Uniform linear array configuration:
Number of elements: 8
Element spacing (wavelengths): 0.25
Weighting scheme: cosine
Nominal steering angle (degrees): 0
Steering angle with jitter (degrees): -1.919
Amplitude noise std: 0.05
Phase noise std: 0.05

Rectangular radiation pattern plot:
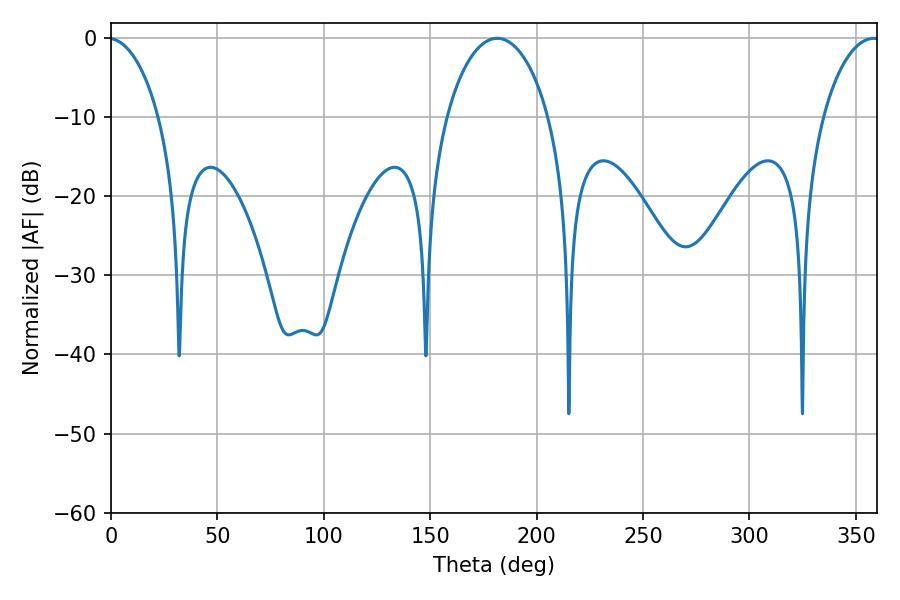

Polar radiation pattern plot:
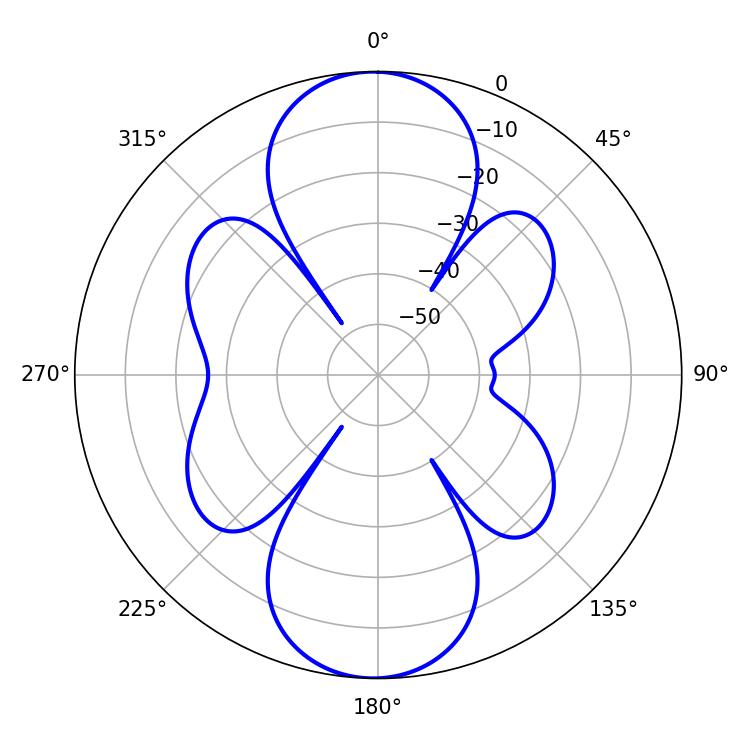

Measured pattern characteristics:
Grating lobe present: FALSE
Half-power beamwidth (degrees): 27.54
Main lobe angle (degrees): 181.44